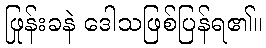
ဖြုန်းခနဲ ဒေါသဖြစ်ပြန်ရ၏။